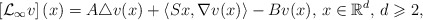
\begin{align*} \left[\mathcal{L}_{\infty} v\right](x)=A\triangle v(x) + \left\langle Sx,\nabla v(x)\right\rangle-B v(x),\,x\in\mathbb{R}^d,\,d\geqslant 2, \end{align*}